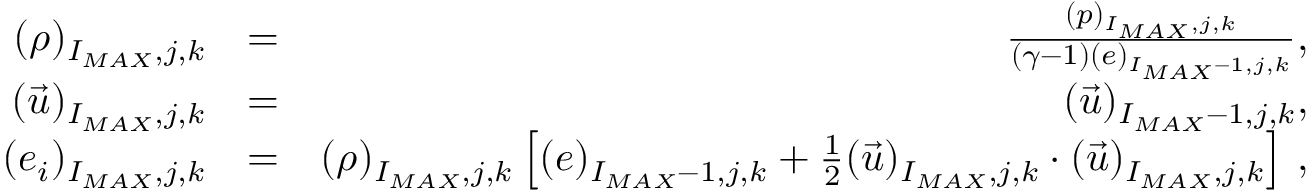
\begin{array} { r l r } { ( \rho ) _ { I _ { M A X } , j , k } } & { = } & { \frac { ( p ) _ { I _ { M A X } , j , k } } { ( \gamma - 1 ) ( e ) _ { I _ { M A X } - 1 , j , k } } \mathrm { , } } \\ { ( \vec { u } ) _ { I _ { M A X } , j , k } } & { = } & { ( \vec { u } ) _ { I _ { M A X } - 1 , j , k } \mathrm { , } } \\ { ( e _ { i } ) _ { I _ { M A X } , j , k } } & { = } & { ( \rho ) _ { I _ { M A X } , j , k } \left[ ( e ) _ { I _ { M A X } - 1 , j , k } + \frac { 1 } { 2 } ( \vec { u } ) _ { I _ { M A X } , j , k } \cdot ( \vec { u } ) _ { I _ { M A X } , j , k } \right] \, \mathrm { , } } \end{array}